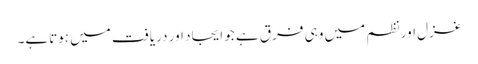
غزل اور نظم میں وہی فرق ہے جو ایجاد اور دریافت میں ہوتاہے۔